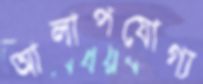
আলাপযোগ্য